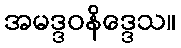
အမဒ္ဒဝနိဒ္ဒေသ။